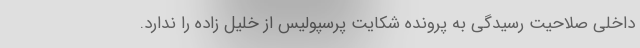
داخلی صلاحیت رسیدگی به پرونده شکایت پرسپولیس از خلیل زاده را ندارد.